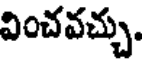
వించవచ్చు.